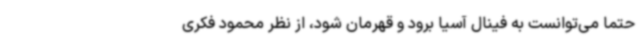
حتما می‌توانست به فینال آسیا برود و قهرمان شود، از نظر محمود فکری